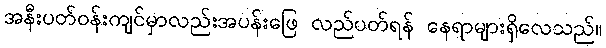
အနီးပတ်ဝန်းကျင်မှာလည်းအပန်းဖြေ လည်ပတ်ရန် နေရာများရှိလေသည်။